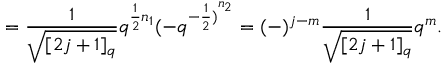
= \frac { 1 } { \sqrt { [ 2 j + 1 ] _ { q } } } q ^ { \frac { 1 } { 2 } n _ { 1 } } ( - q ^ { { - \frac { 1 } { 2 } ) } ^ { n _ { 2 } } } = ( - ) ^ { j - m } \frac { 1 } { \sqrt { [ 2 j + 1 ] _ { q } } } q ^ { m } .